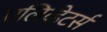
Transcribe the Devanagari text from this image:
एलिव्हेटर्स